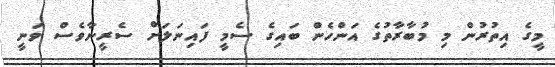
މީގެ އިތުރުން މި މުބާރާތުގެ އަންހެން ބައިގެ ސެމީ ފައިނަލަށް ސެރީނާވެސް ވަނީ